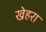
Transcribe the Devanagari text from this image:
खेहरा